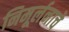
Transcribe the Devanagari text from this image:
निमूर्लनाचे